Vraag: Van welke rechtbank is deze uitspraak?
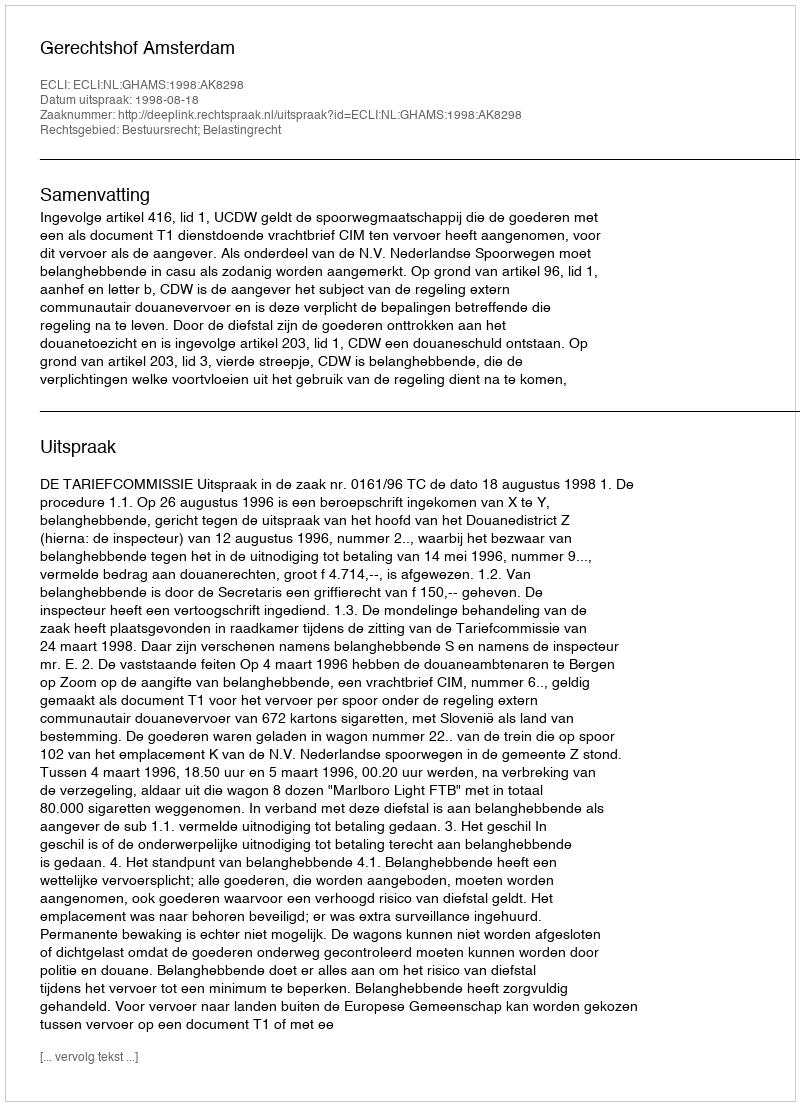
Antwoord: Gerechtshof Amsterdam